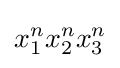
x_{1}^{n}x_{2}^{n}x_{3}^{n}